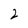
Character: 2